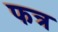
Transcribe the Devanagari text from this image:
फत्र